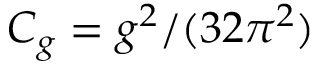
C _ { g } = g ^ { 2 } / ( 3 2 \pi ^ { 2 } )